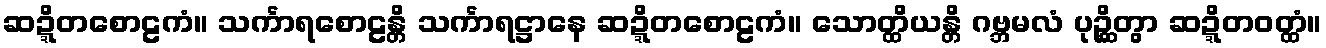
ဆဍ္ဍိတစောဠကံ။ သင်္ကာရစောဠန္တိ သင်္ကာရဋ္ဌာနေ ဆဍ္ဍိတစောဠကံ။ သောတ္ထိယန္တိ ဂဗ္ဘမလံ ပုဉ္ဆိတွာ ဆဍ္ဍိတဝတ္ထံ။